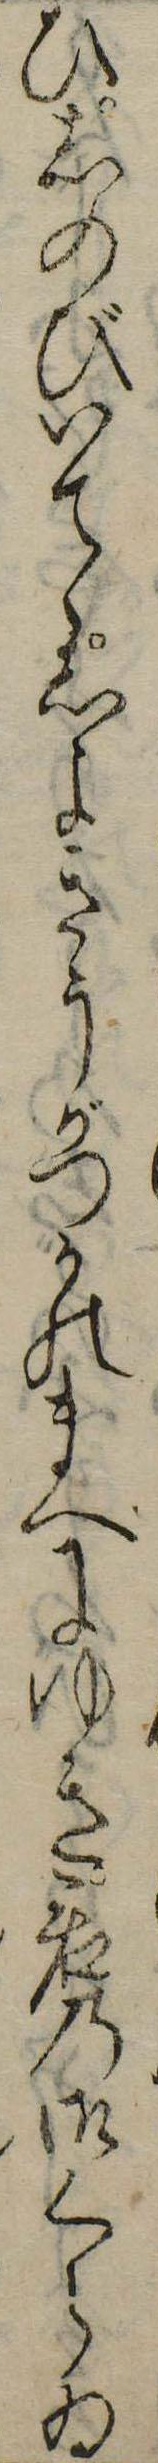
ひしのびいてゝしよきうがつかのまへにゆき君の御くらゐ